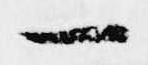
一